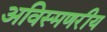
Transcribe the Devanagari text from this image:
अविस्मणरीय